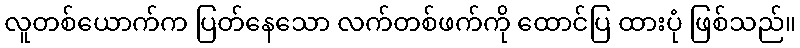
လူတစ်ယောက်က ပြတ်နေသော လက်တစ်ဖက်ကို ထောင်ပြ ထားပုံ ဖြစ်သည်။